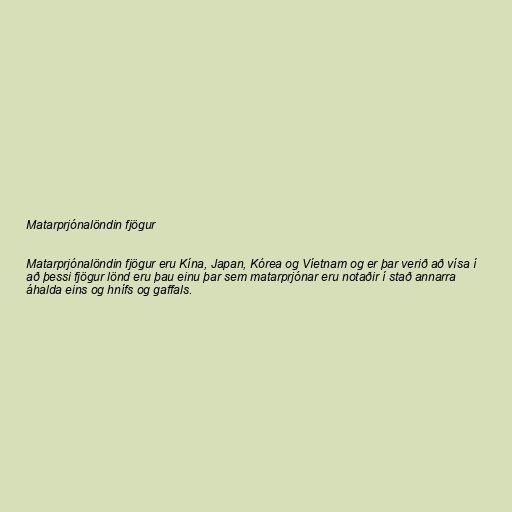
Matarprjónalöndin fjögur

Matarprjónalöndin fjögur eru Kína, Japan, Kórea og Víetnam og er þar verið að vísa í
að þessi fjögur lönd eru þau einu þar sem matarprjónar eru notaðir í stað annarra
áhalda eins og hnífs og gaffals.